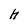
Character: h